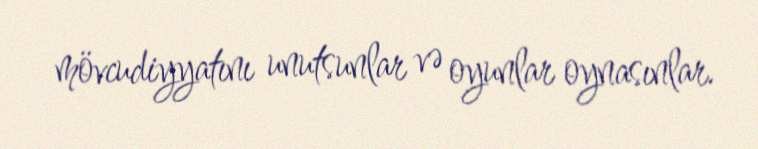
mövcudiyyatını unutsunlar və oyunlar oynasınlar.